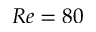
R e = 8 0